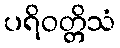
ပရိဝတ္တိသံ